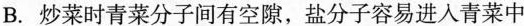
B.炒菜时青菜分子间有空隙，盐分子容易进入青菜中